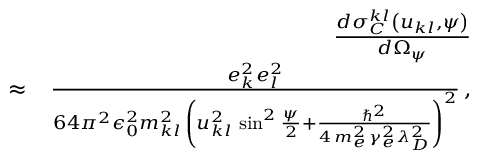
\begin{array} { r l r } & { } & { \frac { d \sigma _ { C } ^ { k l } \left( u _ { k l } , \psi \right) } { d \Omega _ { \psi } } } \\ & { \approx } & { \frac { e _ { k } ^ { 2 } e _ { l } ^ { 2 } } { 6 4 \pi ^ { 2 } \epsilon _ { 0 } ^ { 2 } m _ { k l } ^ { 2 } \, \left( u _ { k l } ^ { 2 } \, \sin ^ { 2 } \frac { \psi } { 2 } + \frac { \hbar ^ { 2 } } { 4 \, m _ { e } ^ { 2 } \, \gamma _ { e } ^ { 2 } \lambda _ { D } ^ { 2 } } \right) ^ { 2 } } \, , } \end{array}